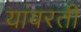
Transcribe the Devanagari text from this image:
यांवरती